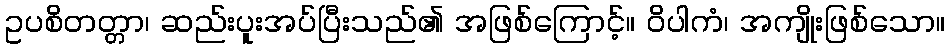
ဥပစိတတ္တာ၊ ဆည်းပူးအပ်ပြီးသည်၏ အဖြစ်ကြောင့်။ ဝိပါကံ၊ အကျိုးဖြစ်သော။